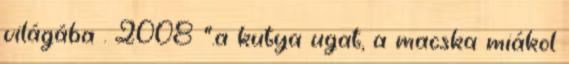
világába . 2008 ".a kutya ugat, a macska miákol